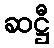
ဆဋ္ဌီ